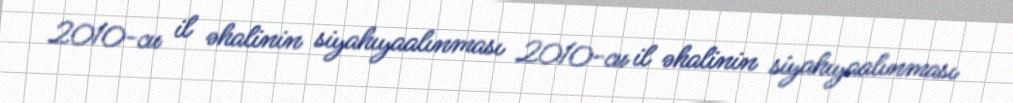
2010-cu il əhalinin siyahıyaalınması 2010-cu il əhalinin siyahıyaalınması